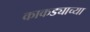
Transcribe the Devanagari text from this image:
काकड्याच्या